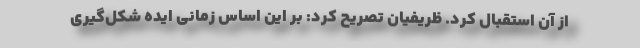
از آن استقبال کرد. ظریفیان تصریح کرد: بر این اساس زمانی ایده شکل‌گیری